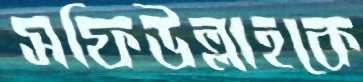
সফিউল্লাহকে